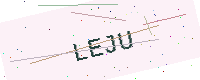
Text: LEJU